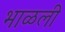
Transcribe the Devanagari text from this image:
भाळली